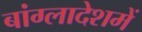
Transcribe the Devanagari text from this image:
बांग्लादेशमें